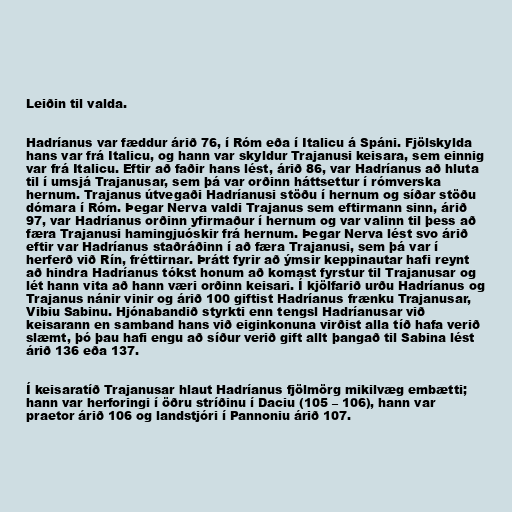
Leiðin til valda.

Hadríanus var fæddur árið 76, í Róm eða í Italicu á Spáni. Fjölskylda
hans var frá Italicu, og hann var skyldur Trajanusi keisara, sem einnig
var frá Italicu. Eftir að faðir hans lést, árið 86, var Hadríanus að hluta
til í umsjá Trajanusar, sem þá var orðinn háttsettur í rómverska
hernum. Trajanus útvegaði Hadríanusi stöðu í hernum og síðar stöðu
dómara í Róm. Þegar Nerva valdi Trajanus sem eftirmann sinn, árið
97, var Hadríanus orðinn yfirmaður í hernum og var valinn til þess að
færa Trajanusi hamingjuóskir frá hernum. Þegar Nerva lést svo árið
eftir var Hadríanus staðráðinn í að færa Trajanusi, sem þá var í
herferð við Rín, fréttirnar. Þrátt fyrir að ýmsir keppinautar hafi reynt
að hindra Hadríanus tókst honum að komast fyrstur til Trajanusar og
lét hann vita að hann væri orðinn keisari. Í kjölfarið urðu Hadríanus og
Trajanus nánir vinir og árið 100 giftist Hadríanus frænku Trajanusar,
Vibiu Sabinu. Hjónabandið styrkti enn tengsl Hadríanusar við
keisarann en samband hans við eiginkonuna virðist alla tíð hafa verið
slæmt, þó þau hafi engu að síður verið gift allt þangað til Sabina lést
árið 136 eða 137.

Í keisaratíð Trajanusar hlaut Hadríanus fjölmörg mikilvæg embætti;
hann var herforingi í öðru stríðinu í Daciu (105 – 106), hann var
praetor árið 106 og landstjóri í Pannoniu árið 107.